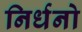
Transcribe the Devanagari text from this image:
निर्धनो